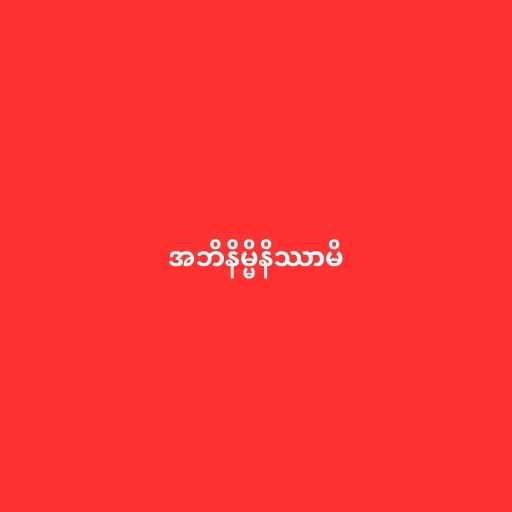
အဘိနိမ္မိနိဿာမိ